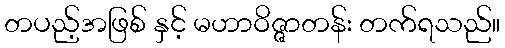
တပည့်အဖြစ် နှင့် မဟာဝိဇ္ဇာတန်း တက်ရသည်။